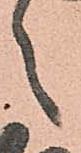
々